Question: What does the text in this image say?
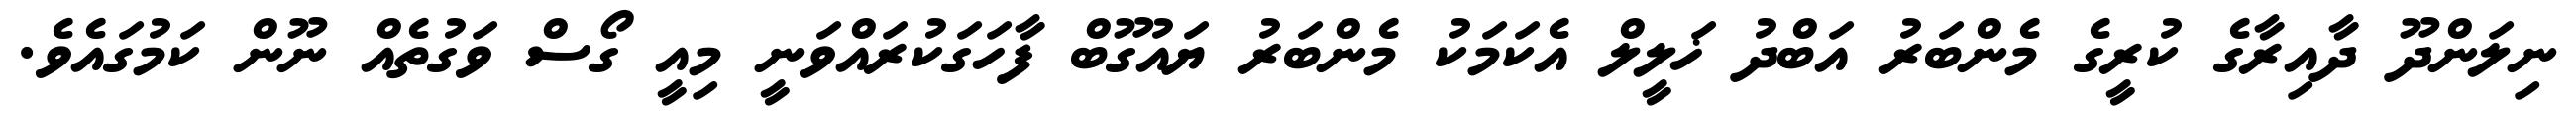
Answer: ނިލަންދޫ ދާއިރާގެ ކުރީގެ މެންބަރު އަބްދު ޚަލީލް އެކަމަކު މެންބަރު ޔައުގޫބް ފާހަގަކުރައްވަނީ މިއީ ގޯސް ވަގުތެއް ނޫން ކަމުގައެވެ.